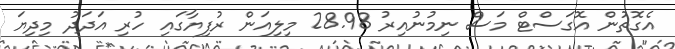
އެގޮތުން އޮގަސްޓް މަސް ނިމުނުއިރު 28.98 މިލިއަން ރުފިޔާގައި ހުރި އަދަދު މިދިޔަ